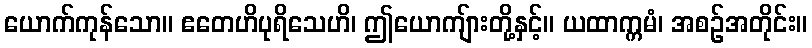
ယောက်ကုန်သော။ ဧတေဟိပုရိသေဟိ၊ ဤယောကျ်ားတို့နှင့်။ ယထာက္ကမံ၊ အစဉ်အတိုင်း။